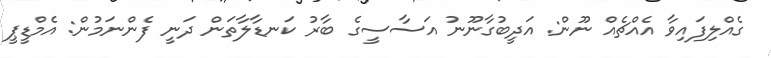
ގެއްލިފައިވާ އެއްޗެއް ނޫން: އަދީބުގާނޫނު އަސާސީގެ ބާރު ކަނޑާލާތަން ދަނީ ފެންނަމުން: އެމްޑީޕީ